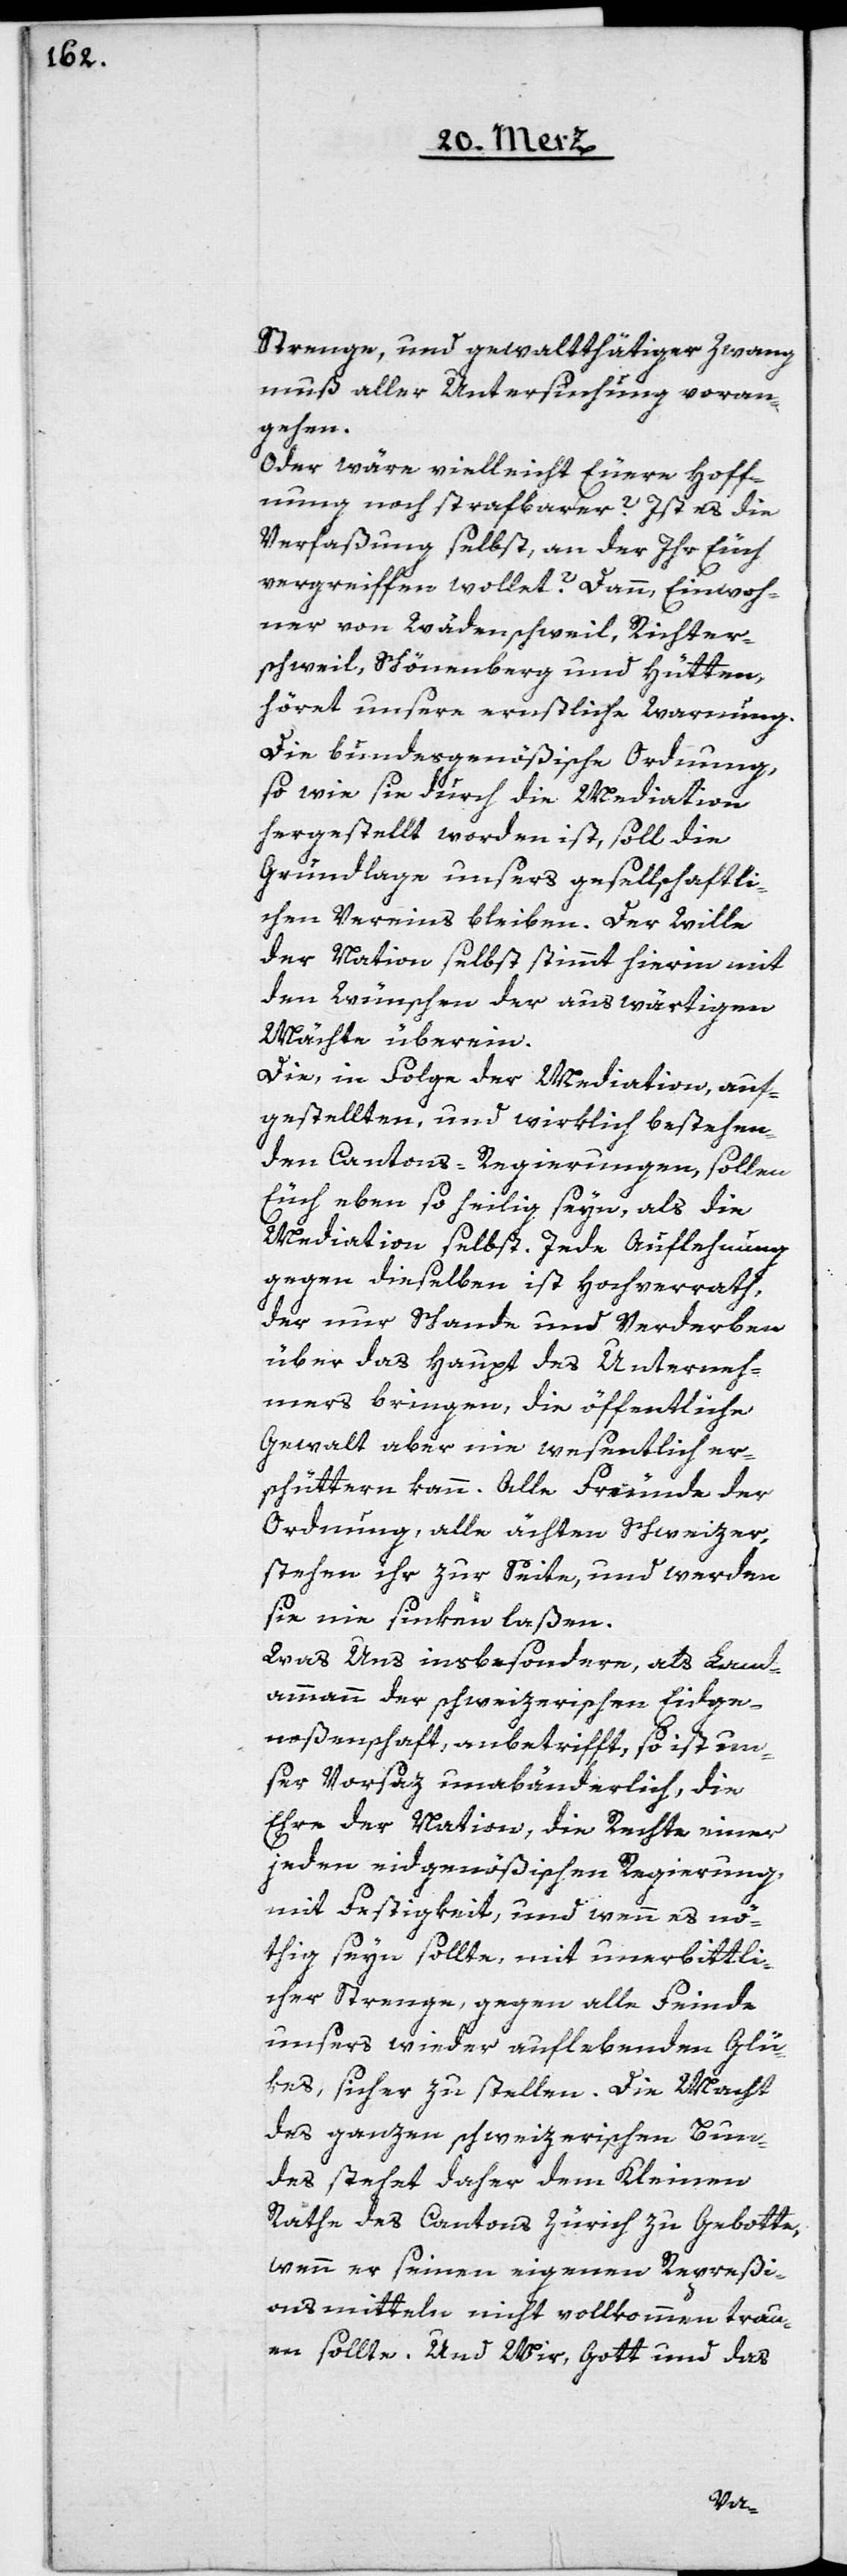
Strenge, und gewaltthätiger Zwang
muß aller Untersuchung voran¬
gehen.
Oder wäre vielleicht Euere Hoff¬
nung noch strafbarer? Ist es die
Verfaßung selbst, an der Ihr Euch
vergreiffen wollet? Dann, Einwoh¬
ner von Wädenschweil, Richter¬
schweil, Schönenberg und Hütten,
höret unsere ernstliche Warnung.
Die bundesgenößische Ordnung,
so wie sie durch die Mediation
hergestellt worden ist, soll die
Grundlage unsers gesellschaftli¬
chen Vereins bleiben. Der Wille
der Nation selbst stimmt hierin mit
den Wünschen der auswärtigen
Mächte überein.
Die, in Folge der Mediation, auf¬
gestellten, und wirklich bestehen¬
den Cantons-Regierungen, sollen
Euch eben so heilig seyn, als die
Mediation selbst. Jede Auflehnung
gegen dieselben ist Hochverrath,
der nur Schande und Verderben
über das Haupt des Unterneh¬
mers bringen, die öffentliche
Gewalt aber nie wesentlich er¬
schüttern kann. Alle Freunde der
Ordnung, alle ächten Schweizer,
stehen ihr zur Seite, und werden
sie nie sinken laßen.
Was Uns insbesondere, als Land¬
ammann der schweizerischen Eidge¬
noßenschaft, anbetrifft, so ist un¬
ser Vorsaz unabänderlich, die
Ehre der Nation, die Rechte einer
jeden eidgenößischen Regierung
mit Festigkeit, und wenn es nö¬
thig seyn sollte, mit unerbittli¬
cher Strenge, gegen alle Feinde
unsers wieder auflebenden Glü¬
kes, sicher zu stellen. Die Macht
des ganzen schweizerischen Bun¬
des stehet daher dem Kleinen
Rathe des Cantons Zürich zu Gebotte,
wenn er seinen eigenen Repreßi¬
onsmitteln nicht vollkommen trau¬
en sollte. Und Wir, Gott und das